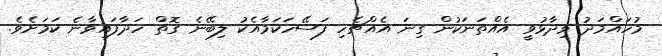
މުހައްމަދު ވިދާޅުވީ އެއްތަނަކުން ގިނަ އެއްޗެހި ފަސޭހަކަމާއެކު ލިބޭނެ ގޮތް ހަދާފައިވާނެ ކަމަށެވެ.